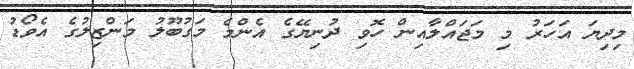
މިދިޔަ އަހަރު މި މަޖައްލާއިން ހޮވި ދުނިޔޭގެ އެންމެ މަގުބޫލު މަންޒިލުގެ އެވޯޑު